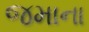
જમાના